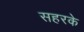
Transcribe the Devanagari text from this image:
सहरके